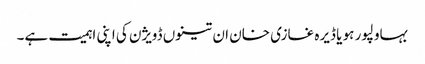
بہاولپور ہو یا ڈیرہ غازی خان ان تینوں ڈویژن کی اپنی اہمیت ہے۔